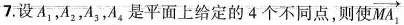
7.设A_{1}，A_{2}，A_{3}，A_{4}，是平面上给定的4个不同点，则使 \overrightarrow{MA_{1}}